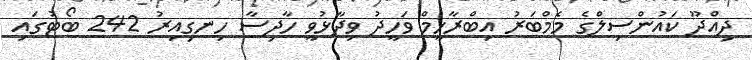
ދިއްދޫ ކައުންސިލްގެ މެމްބަރު އިބްރާހީމް ވަހީދު ވިދާޅުވީ ހާދިސާ ހިނގިއިރު 242 ބޯޓުގައި